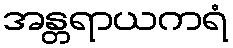
အန္တရာယကရံ